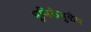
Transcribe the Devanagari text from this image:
भूमिकेमुळेच